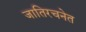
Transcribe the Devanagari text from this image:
जातिरचनेत